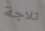
ثلاجة